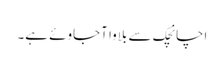
اچانچک سے بلاوا آجاوئے ہے۔